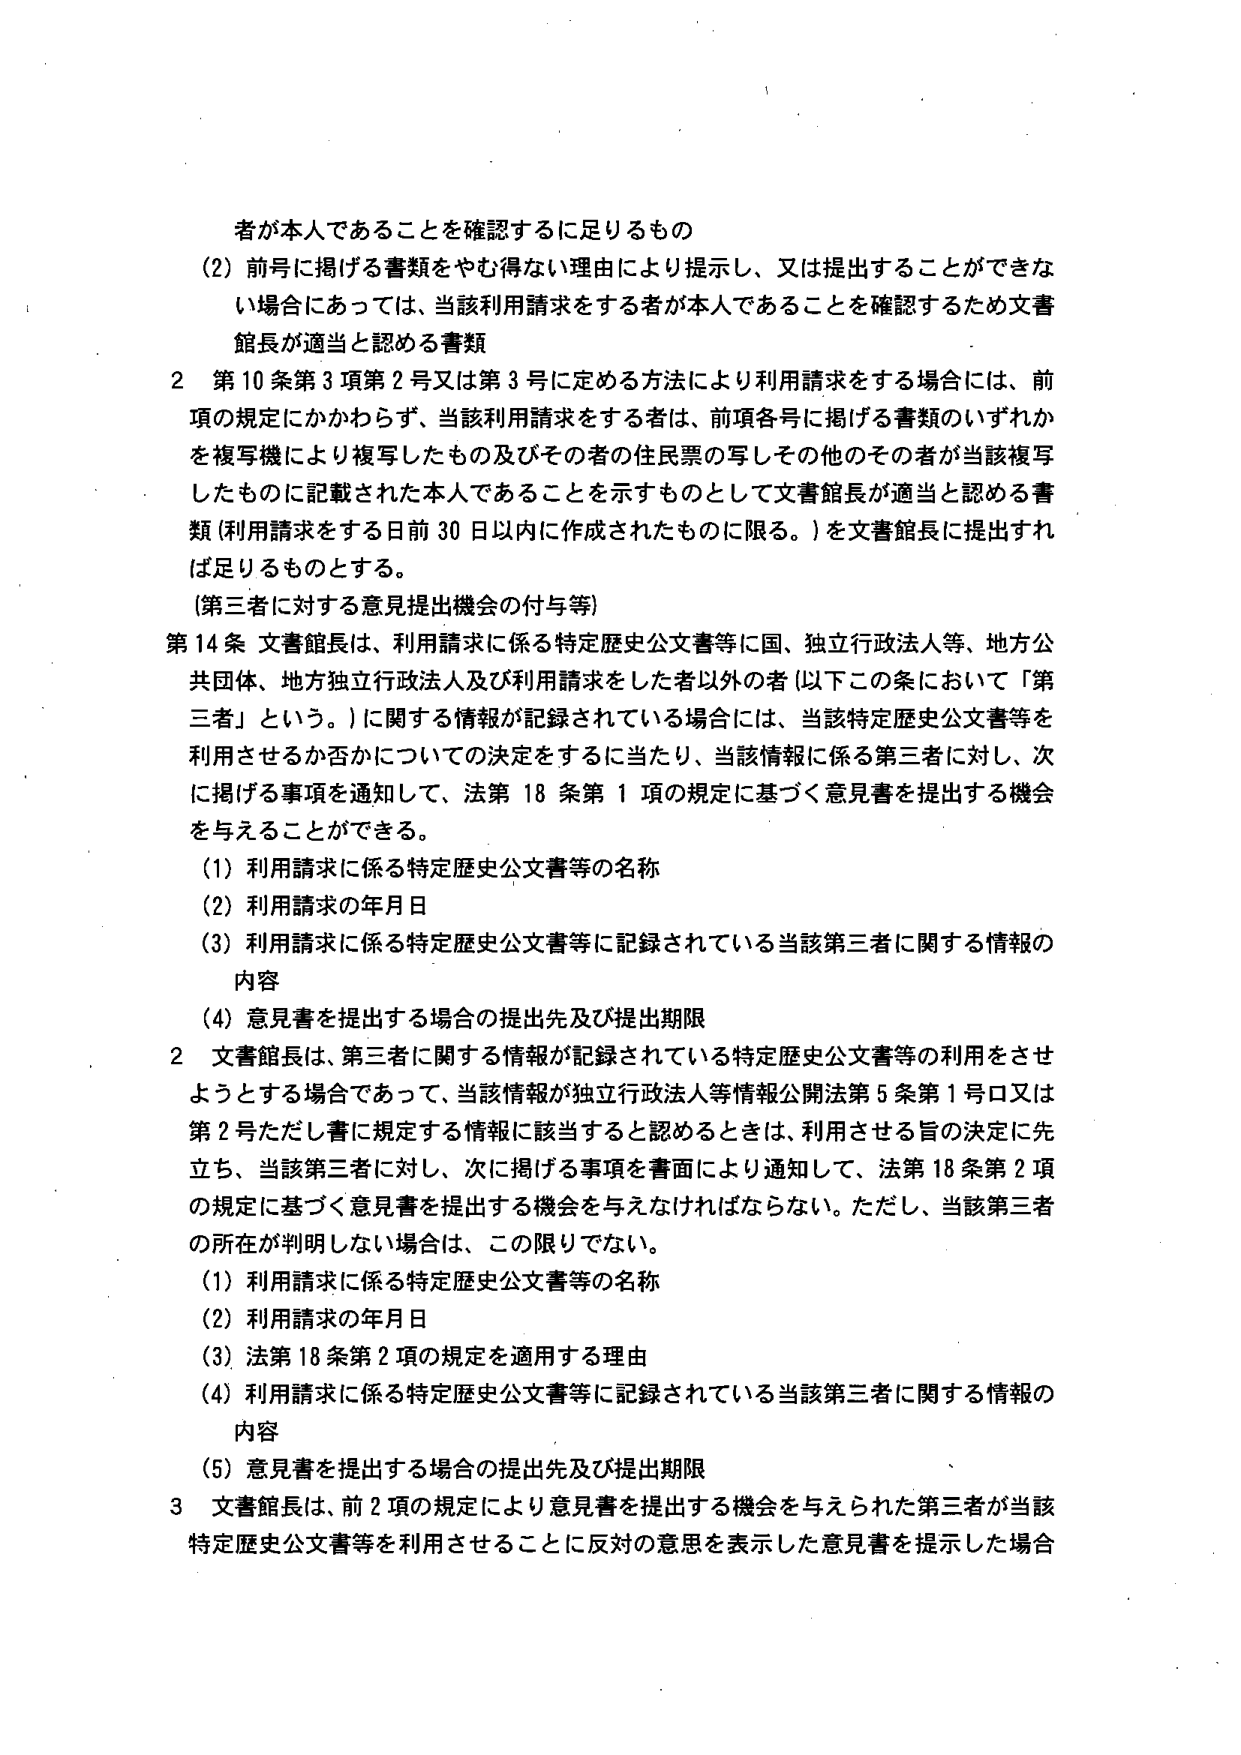
者が本人であることを確認するに足りるもの
(2) 前号に掲げる書類をやむ得ない理由により提示し、又は提出することができない場合にあっては、当該利用請求をする者が本人であることを確認するため文書館長が適当と認める書類

2 第10条第3項第2号又は第3号に定める方法により利用請求をする場合には、前項の規定にかかわらず、当該利用請求をする者は、前項各号に掲げる書類のいずれかを複写機により複写したもの及びその者の住民票の写しその他のその者が当該複写したものに記載された本人であることを示すものとして文書館長が適当と認める書類（利用請求をする日前30日以内に作成されたものに限る。）を文書館長に提出すれば足りるものとする。

〔第三者に対する意見提出機会の付与等〕

第14条 文書館長は、利用請求に係る特定歴史公文書等に国、独立行政法人等、地方公共団体、地方独立行政法人及び利用請求をした者以外の者（以下この条において「第三者」という。）に関する情報が記録されている場合には、当該特定歴史公文書等を利用させるか否かについての決定をするに当たり、当該情報に係る第三者に対し、次に掲げる事項を通知して、法第18条第1項の規定に基づく意見書を提出する機会を与えることができる。

(1) 利用請求に係る特定歴史公文書等の名称
(2) 利用請求の年月日
(3) 利用請求に係る特定歴史公文書等に記録されている当該第三者に関する情報の内容
(4) 意見書を提出する場合の提出先及び提出期限

2 文書館長は、第三者に関する情報が記録されている特定歴史公文書等の利用をさせようとする場合であって、当該情報が独立行政法人等情報公開法第5条第1号ロ又は第2号ただし書に規定する情報に該当すると認めるときは、利用させる旨の決定に先立ち、当該第三者に対し、次に掲げる事項を書面により通知して、法第18条第2項の規定に基づく意見書を提出する機会を与えなければならない。ただし、当該第三者の所在が判明しない場合は、この限りでない。

(1) 利用請求に係る特定歴史公文書等の名称
(2) 利用請求の年月日
(3) 法第18条第2項の規定を適用する理由
(4) 利用請求に係る特定歴史公文書等に記録されている当該第三者に関する情報の内容
(5) 意見書を提出する場合の提出先及び提出期限

3 文書館長は、前2項の規定により意見書を提出する機会を与えられた第三者が当該特定歴史公文書等を利用させることに反対の意思を表示した意見書を提示した場合